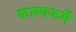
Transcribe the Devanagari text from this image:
काम्यकर्मे